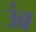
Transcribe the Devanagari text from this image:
उंब्र